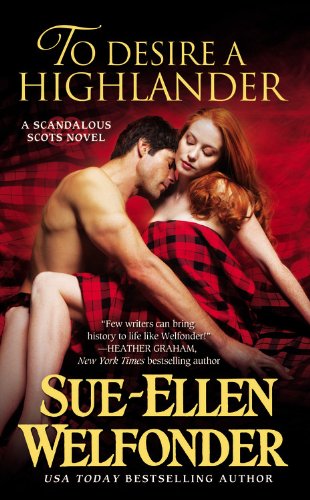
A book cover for To Desire a Highlander (Scandalous Scots); Sue-Ellen Welfonder; Romance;